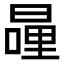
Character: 𭧍